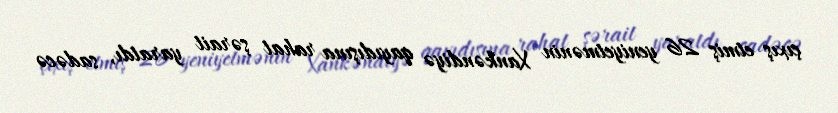
çıxış etmiş 26 yeniyetmənin Xankəndiyə qayıdışına rahat şərait yaratdı, sadəcə